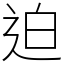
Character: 迫